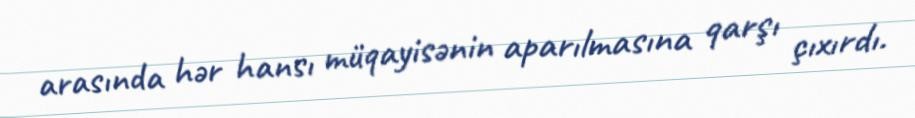
arasında hər hansı müqayisənin aparılmasına qarşı çıxırdı.